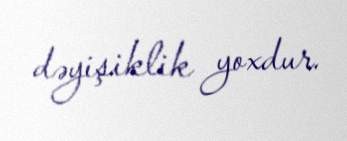
dəyişiklik yoxdur.